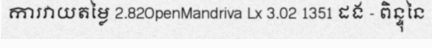
ការវាយតម្លៃ 2.82OpenMandriva Lx 3.02 1351 ដង - ពិន្ទុនៃ